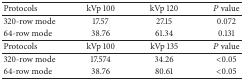
| Protocols | kVp 100 | kVp 120 | P value |
 | --- | --- | --- | --- |
 | 320-row mode | 17.57 | 27.15 | 0.072 |
 | 64-row mode | 38.76 | 61.34 | 0.131 |
 | Protocols | kVp 100 | kVp 135 | P value |
 | 320-row mode | 17.574 | 34.26 | <0.05 |
 | 64-row mode | 38.76 | 80.61 | <0.05 |